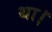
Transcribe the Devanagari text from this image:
था।